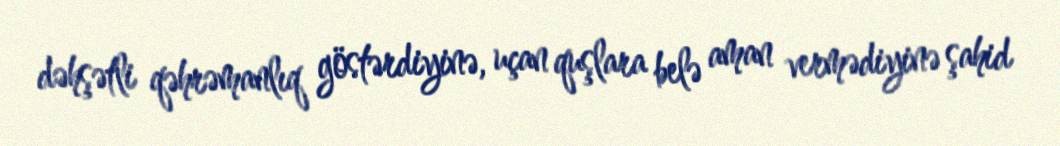
dəhşətli qəhrəmanlıq göstərdiyinə, uçan quşlara belə aman vermədiyinə şahid